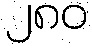
၂၈၀